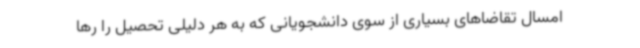
امسال تقاضاهای بسیاری از سوی دانشجویانی که به هر دلیلی تحصیل را رها